Vaccination United Provinces of Agra and Oudh 1923-1928 - 1923-1928
Year: 1923
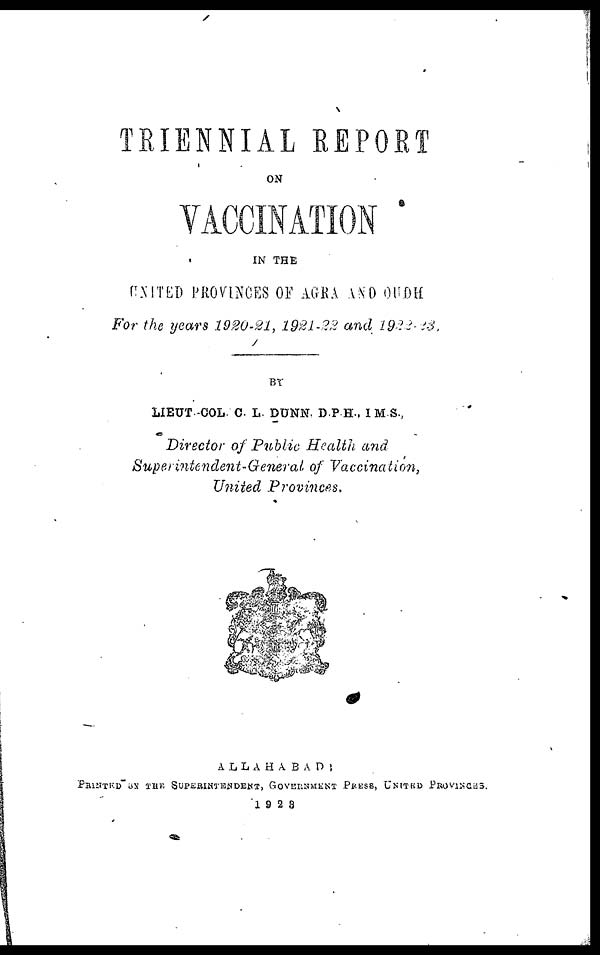
TRIENNIAL REPORT
ON
VACCINATION
IN THE
UNITED PROVINCES OF AGRA AND OUDH
For the years 1920-21, 1921-22 and 1922-1923.
BY
LIEUT COL C L DUNN D P H , I M S.
Director of Public Health and
Superntendent-General of Vaccination,
United Provinces.
ALLAHABAD:
PRINTED BY THE SUPERINIENDENT,
GOVERNMENT
PRESS, UNITED PROVINCES.
1928